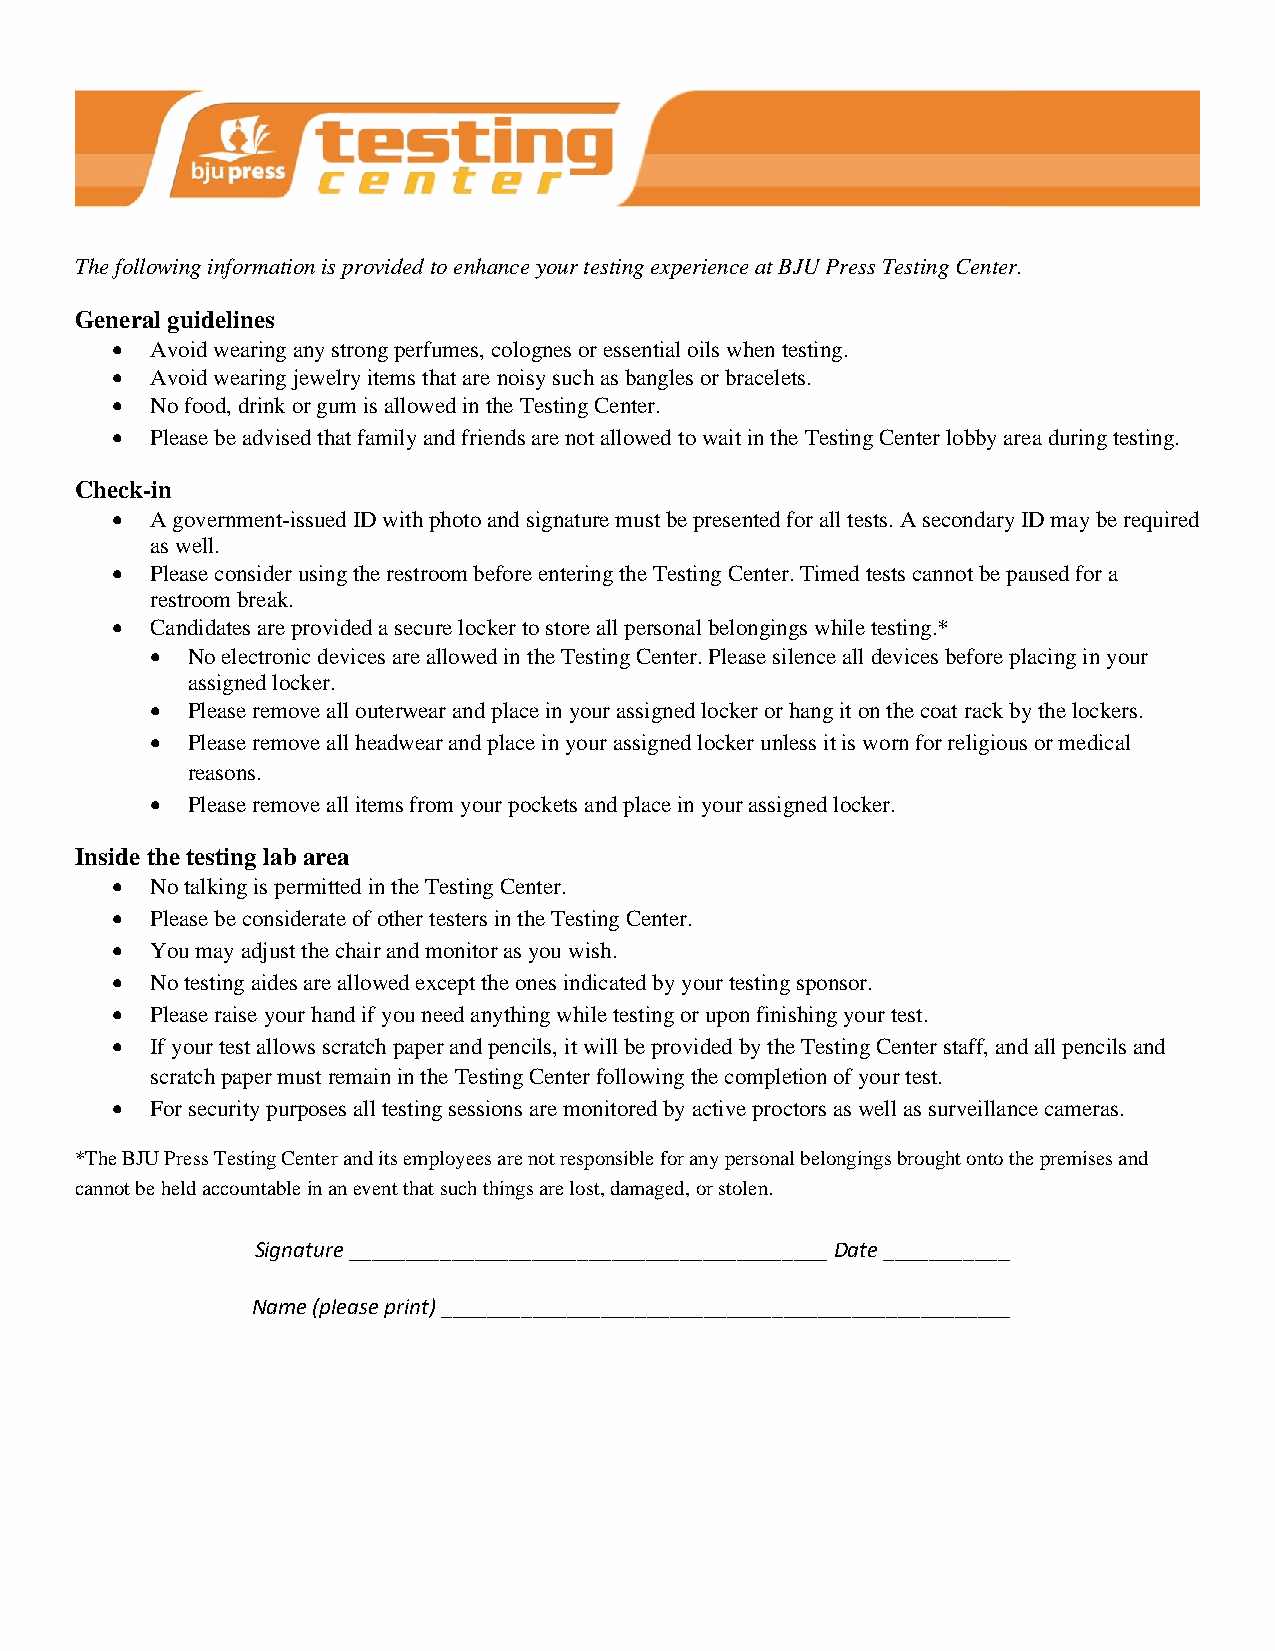
The following information is provided to enhance your testing experience at BJU Press Testing Center.
 General guidelines
 •  Avoid wearing any strong perfumes, colognes or essential oils when testing.
 •  Avoid wearing jewelry items that are noisy such as bangles or bracelets.
 •  No food, drink or gum is allowed in the Testing Center.
 •  Please be advised that family and friends are not allowed to wait in the Testing Center lobby area during testing.
 Check-in
 •  A government-issued ID with photo and signature must be presented for all tests. A secondary ID may be required
 as well.
 •  Please consider using the restroom before entering the Testing Center. Timed tests cannot be paused for a
 restroom break.
 •  Candidates are provided a secure locker to store all personal belongings while testing.*
 • No electronic devices are allowed in the Testing Center. Please silence all devices before placing in your
 assigned locker.
 • Please remove all outerwear and place in your assigned locker or hang it on the coat rack by the lockers.
 • Please remove all headwear and place in your assigned locker unless it is worn for religious or medical
 reasons.
 • Please remove all items from your pockets and place in your assigned locker.
 Inside the testing lab area
 •  No talking is permitted in the Testing Center.
 •  Please be considerate of other testers in the Testing Center.
 •  You may adjust the chair and monitor as you wish.
 •  No testing aides are allowed except the ones indicated by your testing sponsor.
 •  Please raise your hand if you need anything while testing or upon finishing your test.
 •  If your test allows scratch paper and pencils, it will be provided by the Testing Center staff, and all pencils and
 scratch paper must remain in the Testing Center following the completion of your test.
 •  For security purposes all testing sessions are monitored by active proctors as well as surveillance cameras.
 *The BJU Press Testing Center and its employees are not responsible for any personal belongings brought onto the premises and
 cannot be held accountable in an event that such things are lost, damaged, or stolen.
 Signature __________________________________________ Date ____________
 Name (please print) ___________________________________________________